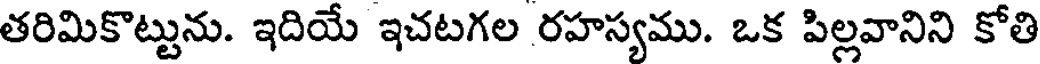
తరిమికొట్టును. ఇదియే ఇచటగల రహస్యము. ఒక పిల్లవానిని కోతి